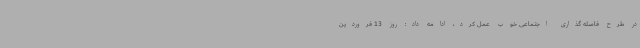
در طرح فاصله گذاری اجتماعی خوب عمل کرد، ادامه داد: روز 13 فروردین